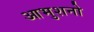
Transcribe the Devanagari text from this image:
आभुशनो